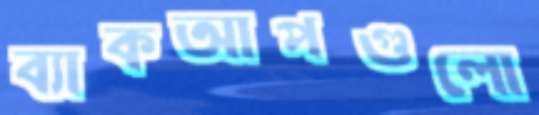
ব্যাকআপগুলো